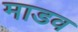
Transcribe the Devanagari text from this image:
माडव